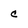
Character: c